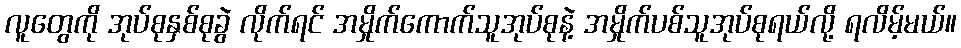
လူတွေကို အုပ်စုနှစ်စုခွဲ လိုက်ရင် အမှိုက်ကောက်သူအုပ်စုနဲ့ အမှိုက်ပစ်သူအုပ်စုရယ်လို့ ရလိမ့်မယ်။